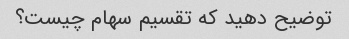
توضیح دهید که تقسیم سهام چیست؟